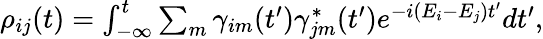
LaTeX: \begin{array}{r}{\rho_{ij}(t)=\int_{-\infty}^{t}\sum_{m}\gamma_{im}(t^{\prime})\gamma_{jm}^{\ast}(t^{\prime})e^{-i(E_{i}-E_{j})t^{\prime}}dt^{\prime},}\end{array}